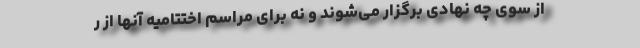
از سوی چه نهادی برگزار می‌شوند و نه برای مراسم اختتامیه آنها از ر